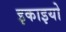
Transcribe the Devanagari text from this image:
इकाइयो